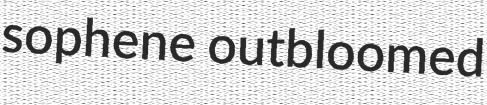
sophene outbloomed